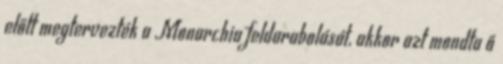
előtt megtervezték a Monarchia feldarabolását, akkor azt mondta ő